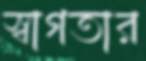
স্বাগতার